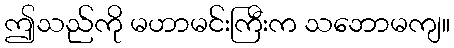
ဤသည်ကို မဟာမင်းကြီးက သဘောမကျ။